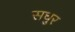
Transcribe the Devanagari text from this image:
सधुर